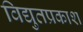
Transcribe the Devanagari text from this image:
विद्युतप्रकाश